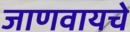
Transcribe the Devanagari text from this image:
जाणवायचे